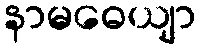
နာမဓေယျာ